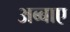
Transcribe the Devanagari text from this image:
अब्बाए